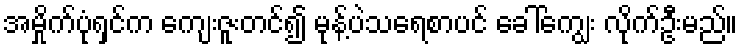
အမှိုက်ပုံရှင်က ကျေးဇူးတင်၍ မုန့်ပဲသရေစာပင် ခေါ်ကျွေး လိုက်ဦးမည်။